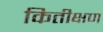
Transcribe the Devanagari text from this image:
कितीक्षण